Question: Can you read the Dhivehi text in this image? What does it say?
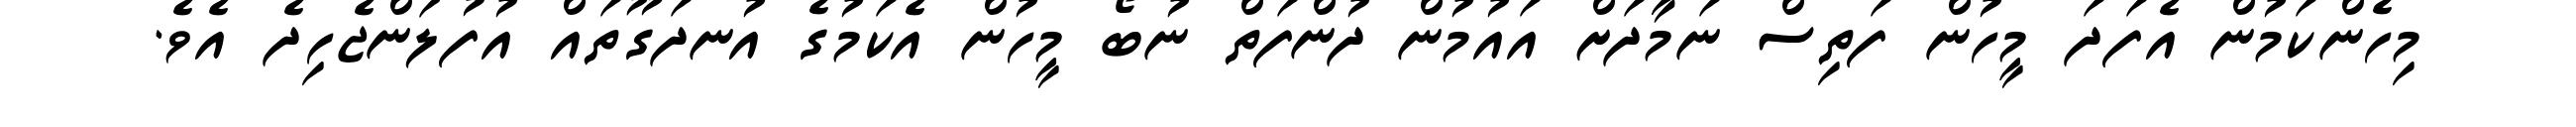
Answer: މިހެންކަމުން އެފަދަ މީހުން ފަތިސް ނަމާދަށް އައުމުން ދުންފަތް ނުބޯ މީހުން އެކަމުގެ އުނދަގޫތައް އުފުލަންޖެހިދެ އެވެ.